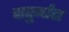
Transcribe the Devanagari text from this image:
चातुर्मांस